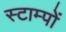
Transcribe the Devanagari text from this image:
स्टाम्पों